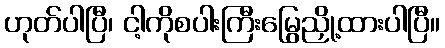
ဟုတ်ပါပြီ၊ ငါ့ကိုစပါးကြီးမြွေညှို့ထားပါပြီ။